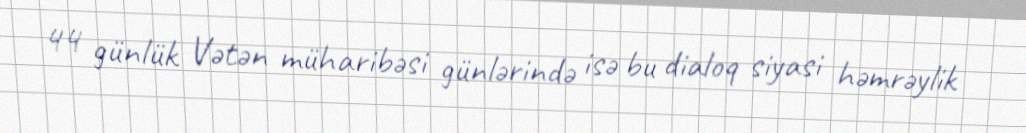
44 günlük Vətən müharibəsi günlərində isə bu dialoq siyasi həmrəylik